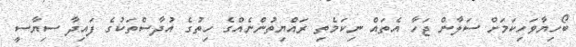
ބޯހިޔާވަހިކަމަށް ސަލާން ޖަހާ އެތައް ނިކަމެތި ރައްޔިތުންނެއްގެ ހިތުގެ އުދާސްތަކުގެ ފައިދާ ސިޔާސީ